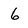
Character: 6